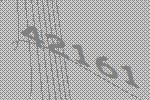
42161